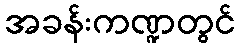
အခန်းကဏ္ဍတွင်